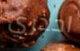
احذري